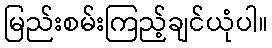
မြည်းစမ်းကြည့်ချင်ယုံပါ။